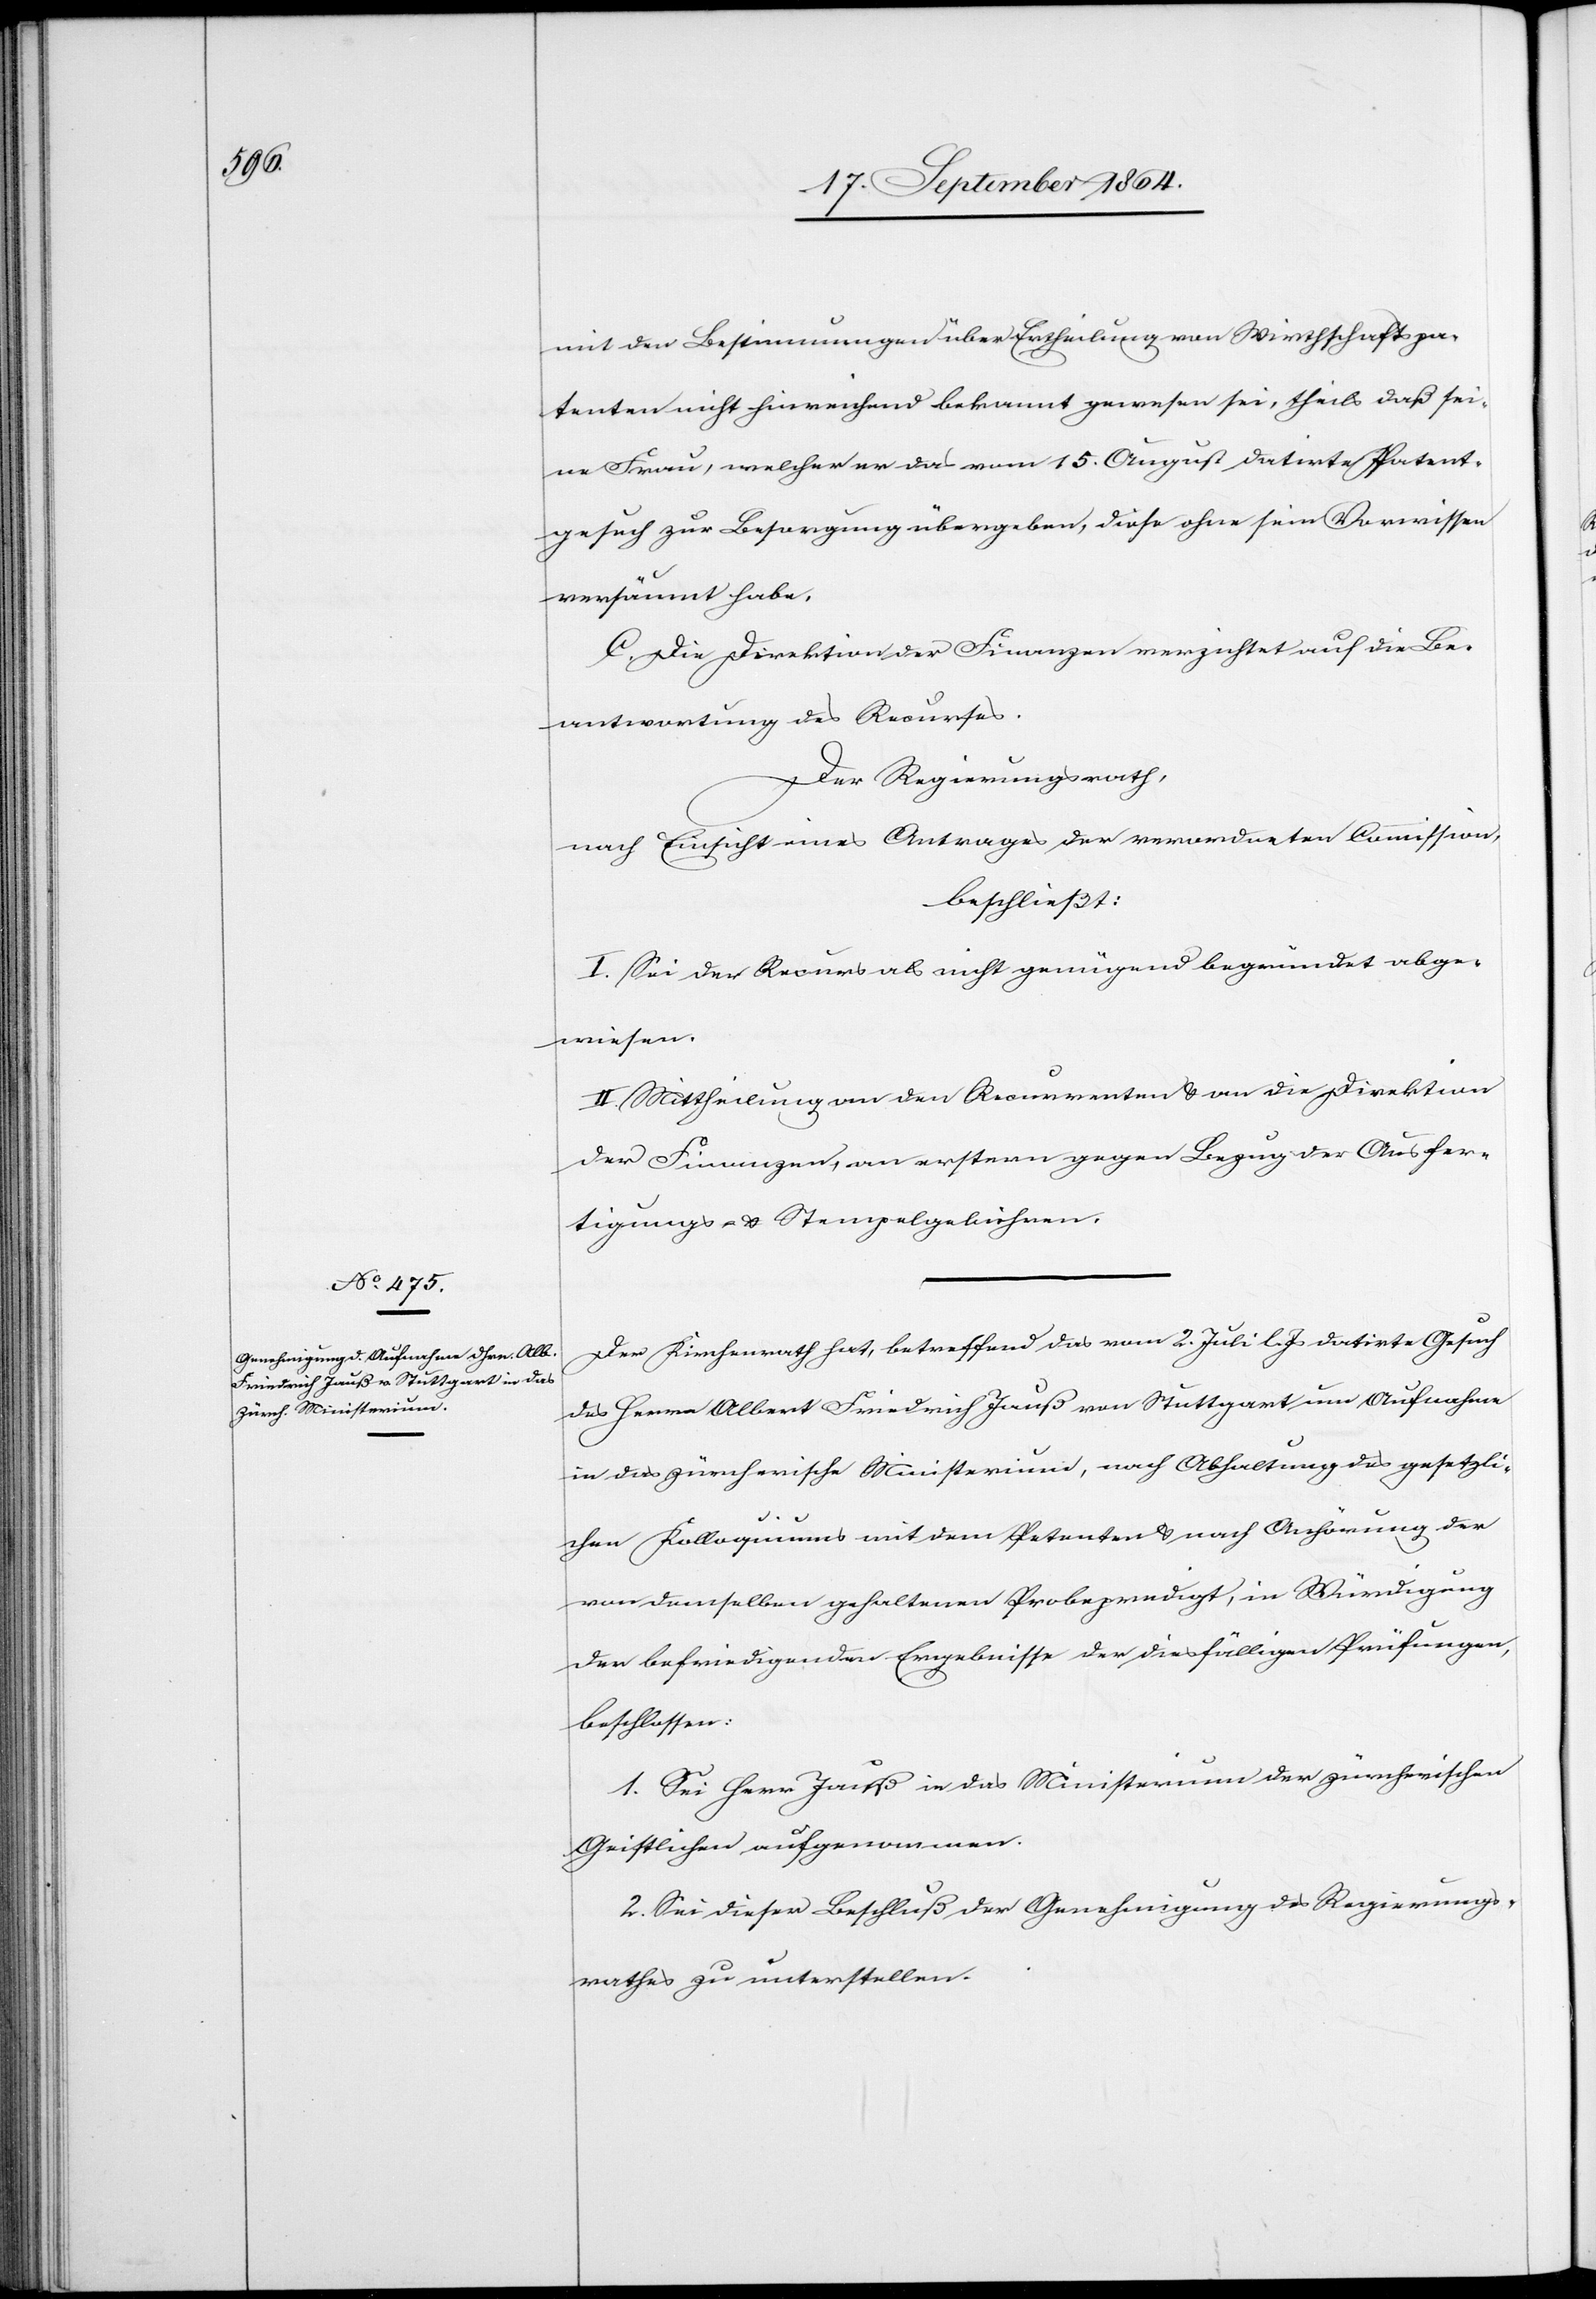
mit den Bestimmungen über Ertheilung von Wirthschaftspa¬
tenten nicht hinreichend bekannt gewesen sei, theils, daß sei¬
ne Frau, welcher er das vom 15. August datirte Patent¬
gesuch zur Besorgung übergeben, diese ohne sein Vorwissen
versäumt habe.
C. Die Direktion der Finanzen verzichtet auf die Be¬
antwortung des Recurses.
Der Regierungsrath,
nach Einsicht eines Antrages der verordneten Commission,
beschließt:
I. Sei der Recurs als nicht genügend begründet abge¬
wiesen.
II. Mittheilung an den Recurrenten & an die Direktion
der Finanzen, an erstere gegen Bezug der Ausfer¬
tigungs- & Stempelgebühren.
Der Kirchenrath hat, betreffend das vom 2. Juli l. Js datirte Gesuch
des Herrn Albert Friedrich Jauß von Stuttgart um Aufnahme
in das zürcherische Ministerium, nach Abhaltung des gesetzli¬
chen Kolloquiums mit dem Petenten & nach Anhörung der
von demselben gehaltenen Probepredigt, in Würdigung
der befriedigenden Ergebnisse der diesfälligen Prüfungen,
beschlossen:
1. Sei Herr Jauß in das Ministerium der zürcherischen
Geistlichen aufgenommen.
2. Sei dieser Beschluß der Genehmigung des Regierungs¬
rathes zu unterstellen.